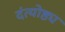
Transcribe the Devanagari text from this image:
दंत्योष्ठ्य